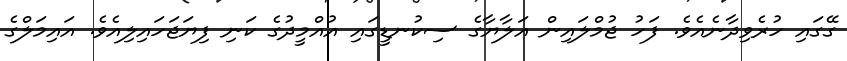
ގޭގައި ހުރެވިދާނެއެވެ. ފަހު ޖުމްލައިން އަލާޔާގެ ސިކުނޑީގައި އުއްމީދުގެ ކަނި ފިޔަޖަހައިލިއެވެ. އައިމަލްގެ